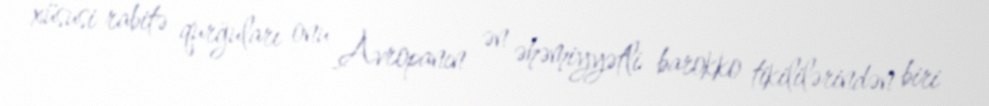
xüsusi rabitə qurğuları onu Avropanın ən əhəmiyyətli barokko tikililərindən biri